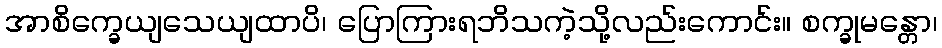
အာစိက္ခေယျသေယျထာပိ၊ ပြောကြားရဘိသကဲ့သို့လည်းကောင်း။ စက္ခုမန္တော၊